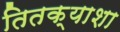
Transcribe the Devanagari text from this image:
तितक्याशा